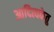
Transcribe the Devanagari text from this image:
आदित्यकेतु